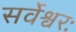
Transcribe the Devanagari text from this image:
सर्वेश्वरः